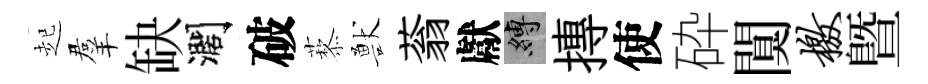
起羣缺濶破藜獸蓊獻縛摶使砕闃檄暨